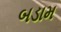
બડામ